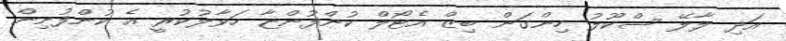
އަދި ލާލޭ ސްކޫލު ހިންގަން ބިޒް އެޓޯލް ކުންފުންޏާ ހަވާލުކުރީ އެ ކުންފުނިން